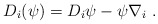
\begin{align*}D_i(\psi)=D_i \psi -\psi \nabla_i~.\end{align*}